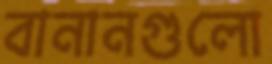
বানানগুলো